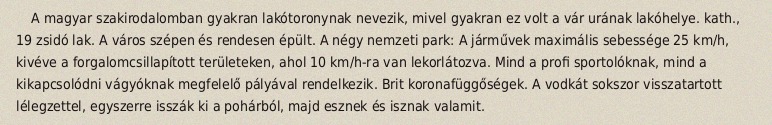
A magyar szakirodalomban gyakran lakótoronynak nevezik, mivel gyakran ez volt a vár urának lakóhelye. kath., 19 zsidó lak. A város szépen és rendesen épült. A négy nemzeti park: A járművek maximális sebessége 25 km/h, kivéve a forgalomcsillapított területeken, ahol 10 km/h-ra van lekorlátozva. Mind a profi sportolóknak, mind a kikapcsolódni vágyóknak megfelelő pályával rendelkezik. Brit koronafüggőségek. A vodkát sokszor visszatartott lélegzettel, egyszerre isszák ki a pohárból, majd esznek és isznak valamit.